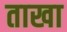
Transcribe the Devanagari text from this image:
ताखा